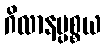
ဂိလာနပ္ပစ္စယ